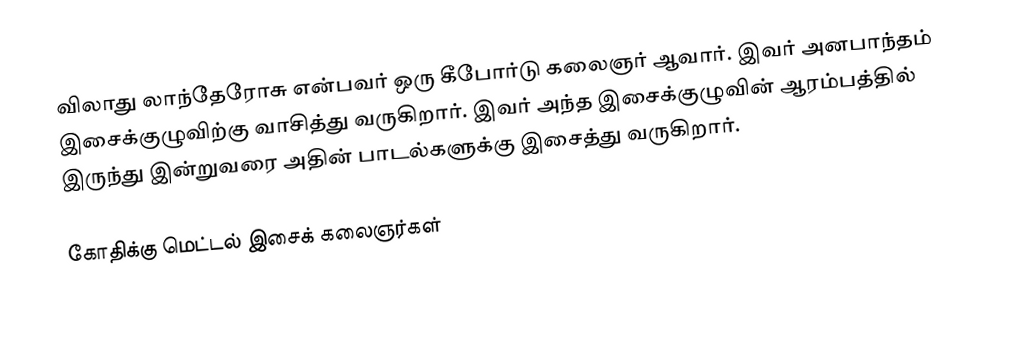
விலாது லாந்தேரோசு என்பவர் ஒரு கீபோர்டு கலைஞர் ஆவார். இவர் அனபாந்தம் இசைக்குழுவிற்கு வாசித்து வருகிறார். இவர் அந்த இசைக்குழுவின் ஆரம்பத்தில் இருந்து இன்றுவரை அதின் பாடல்களுக்கு இசைத்து வருகிறார்.

கோதிக்கு மெட்டல் இசைக் கலைஞர்கள்